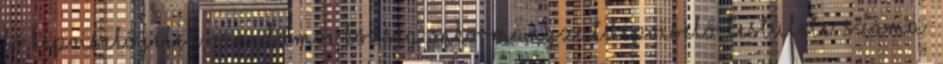
fő képviselő jelen van. Dámóc község önkormányzat képviselő-testülete. Száma: